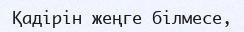
Қадірін жеңге білмесе,